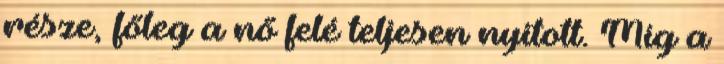
része, főleg a nő felé teljesen nyitott. Míg a